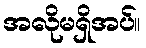
အလိုမရှိအပ်။